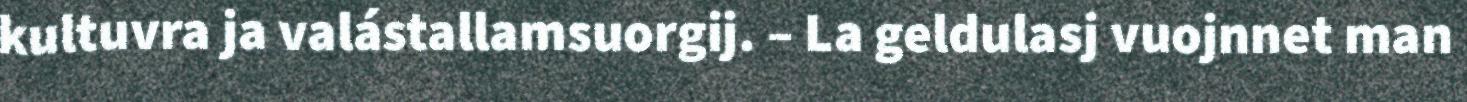
kultuvra ja valástallamsuorgij. – La geldulasj vuojnnet man